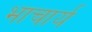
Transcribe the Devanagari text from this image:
भाचार्य